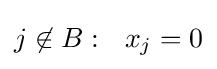
j\not \in B:~~x_{j}=0